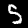
Digit: 5